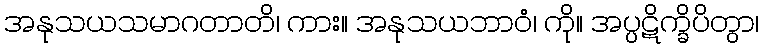
အနုသယသမာဂတာတိ၊ ကား။ အနုသယဘာဝံ၊ ကို။ အပ္ပဋိက္ခိပိတွာ၊